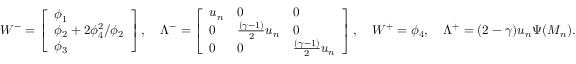
W ^ { - } = \left[ \begin{array} { l } { \phi _ { 1 } } \\ { \phi _ { 2 } + 2 \phi _ { 4 } ^ { 2 } / \phi _ { 2 } } \\ { \phi _ { 3 } } \end{array} \right] , \quad \Lambda ^ { - } = \left[ \begin{array} { l l l } { u _ { n } } & { 0 } & { 0 } \\ { 0 } & { \frac { ( \gamma - 1 ) } { 2 } u _ { n } } & { 0 } \\ { 0 } & { 0 } & { \frac { ( \gamma - 1 ) } { 2 } u _ { n } } \end{array} \right] , \quad W ^ { + } = \phi _ { 4 } , \quad \Lambda ^ { + } = ( 2 - \gamma ) u _ { n } \Psi ( M _ { n } ) .